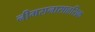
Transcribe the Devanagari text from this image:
नीमरानासाहसिक